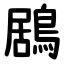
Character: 鶋